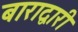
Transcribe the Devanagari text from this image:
बाराद्वारी